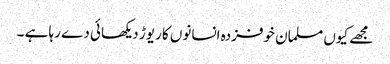
مجھے کیوں مسلمان خوفزدہ انسانوں کا ریوڑ دیکھائی دے رہا ہے ۔